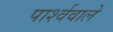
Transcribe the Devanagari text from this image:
पार्श्ववाले